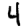
Digit: 4